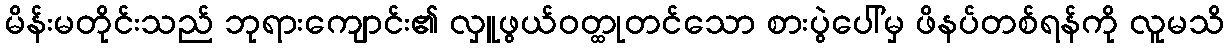
မိန်းမတိုင်းသည် ဘုရားကျောင်း၏ လှူဖွယ်ဝတ္ထုတင်သော စားပွဲပေါ်မှ ဖိနပ်တစ်ရန်ကို လူမသိ